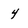
Character: 4